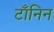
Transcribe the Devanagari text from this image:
टॉंनिन